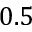
0 . 5